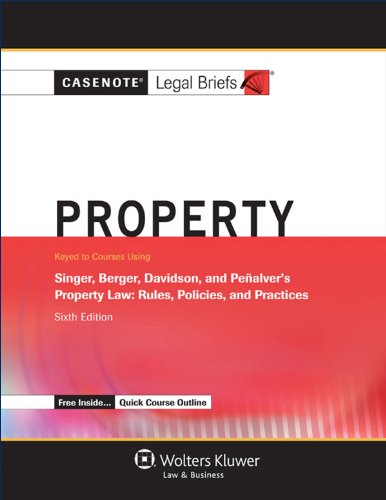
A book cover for Casenotes Legal Briefs: Property, Keyed to Singer, Berger, Davidson, and Penalver (Casenote Legal Briefs); Casenote Legal Briefs; Law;